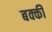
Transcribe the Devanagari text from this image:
बक्की